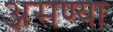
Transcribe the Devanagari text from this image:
असण्या